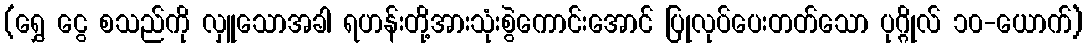
(ရွှေ ငွေ စသည်ကို လှူသောအခါ ရဟန်းတို့အားသုံးစွဲကောင်းအောင် ပြုလုပ်ပေးတတ်သော ပုဂ္ဂိုလ် ၁၀-ယောက်)